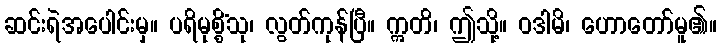
ဆင်းရဲအပေါင်းမှ။ ပရိမုစ္စိံသု၊ လွတ်ကုန်ပြီ။ ဣတိ၊ ဤသို့။ ဝဒါမိ၊ ဟောတော်မူ၏။